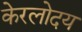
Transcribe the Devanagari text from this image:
केरलोदय